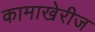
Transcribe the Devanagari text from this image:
कामाखेरीज